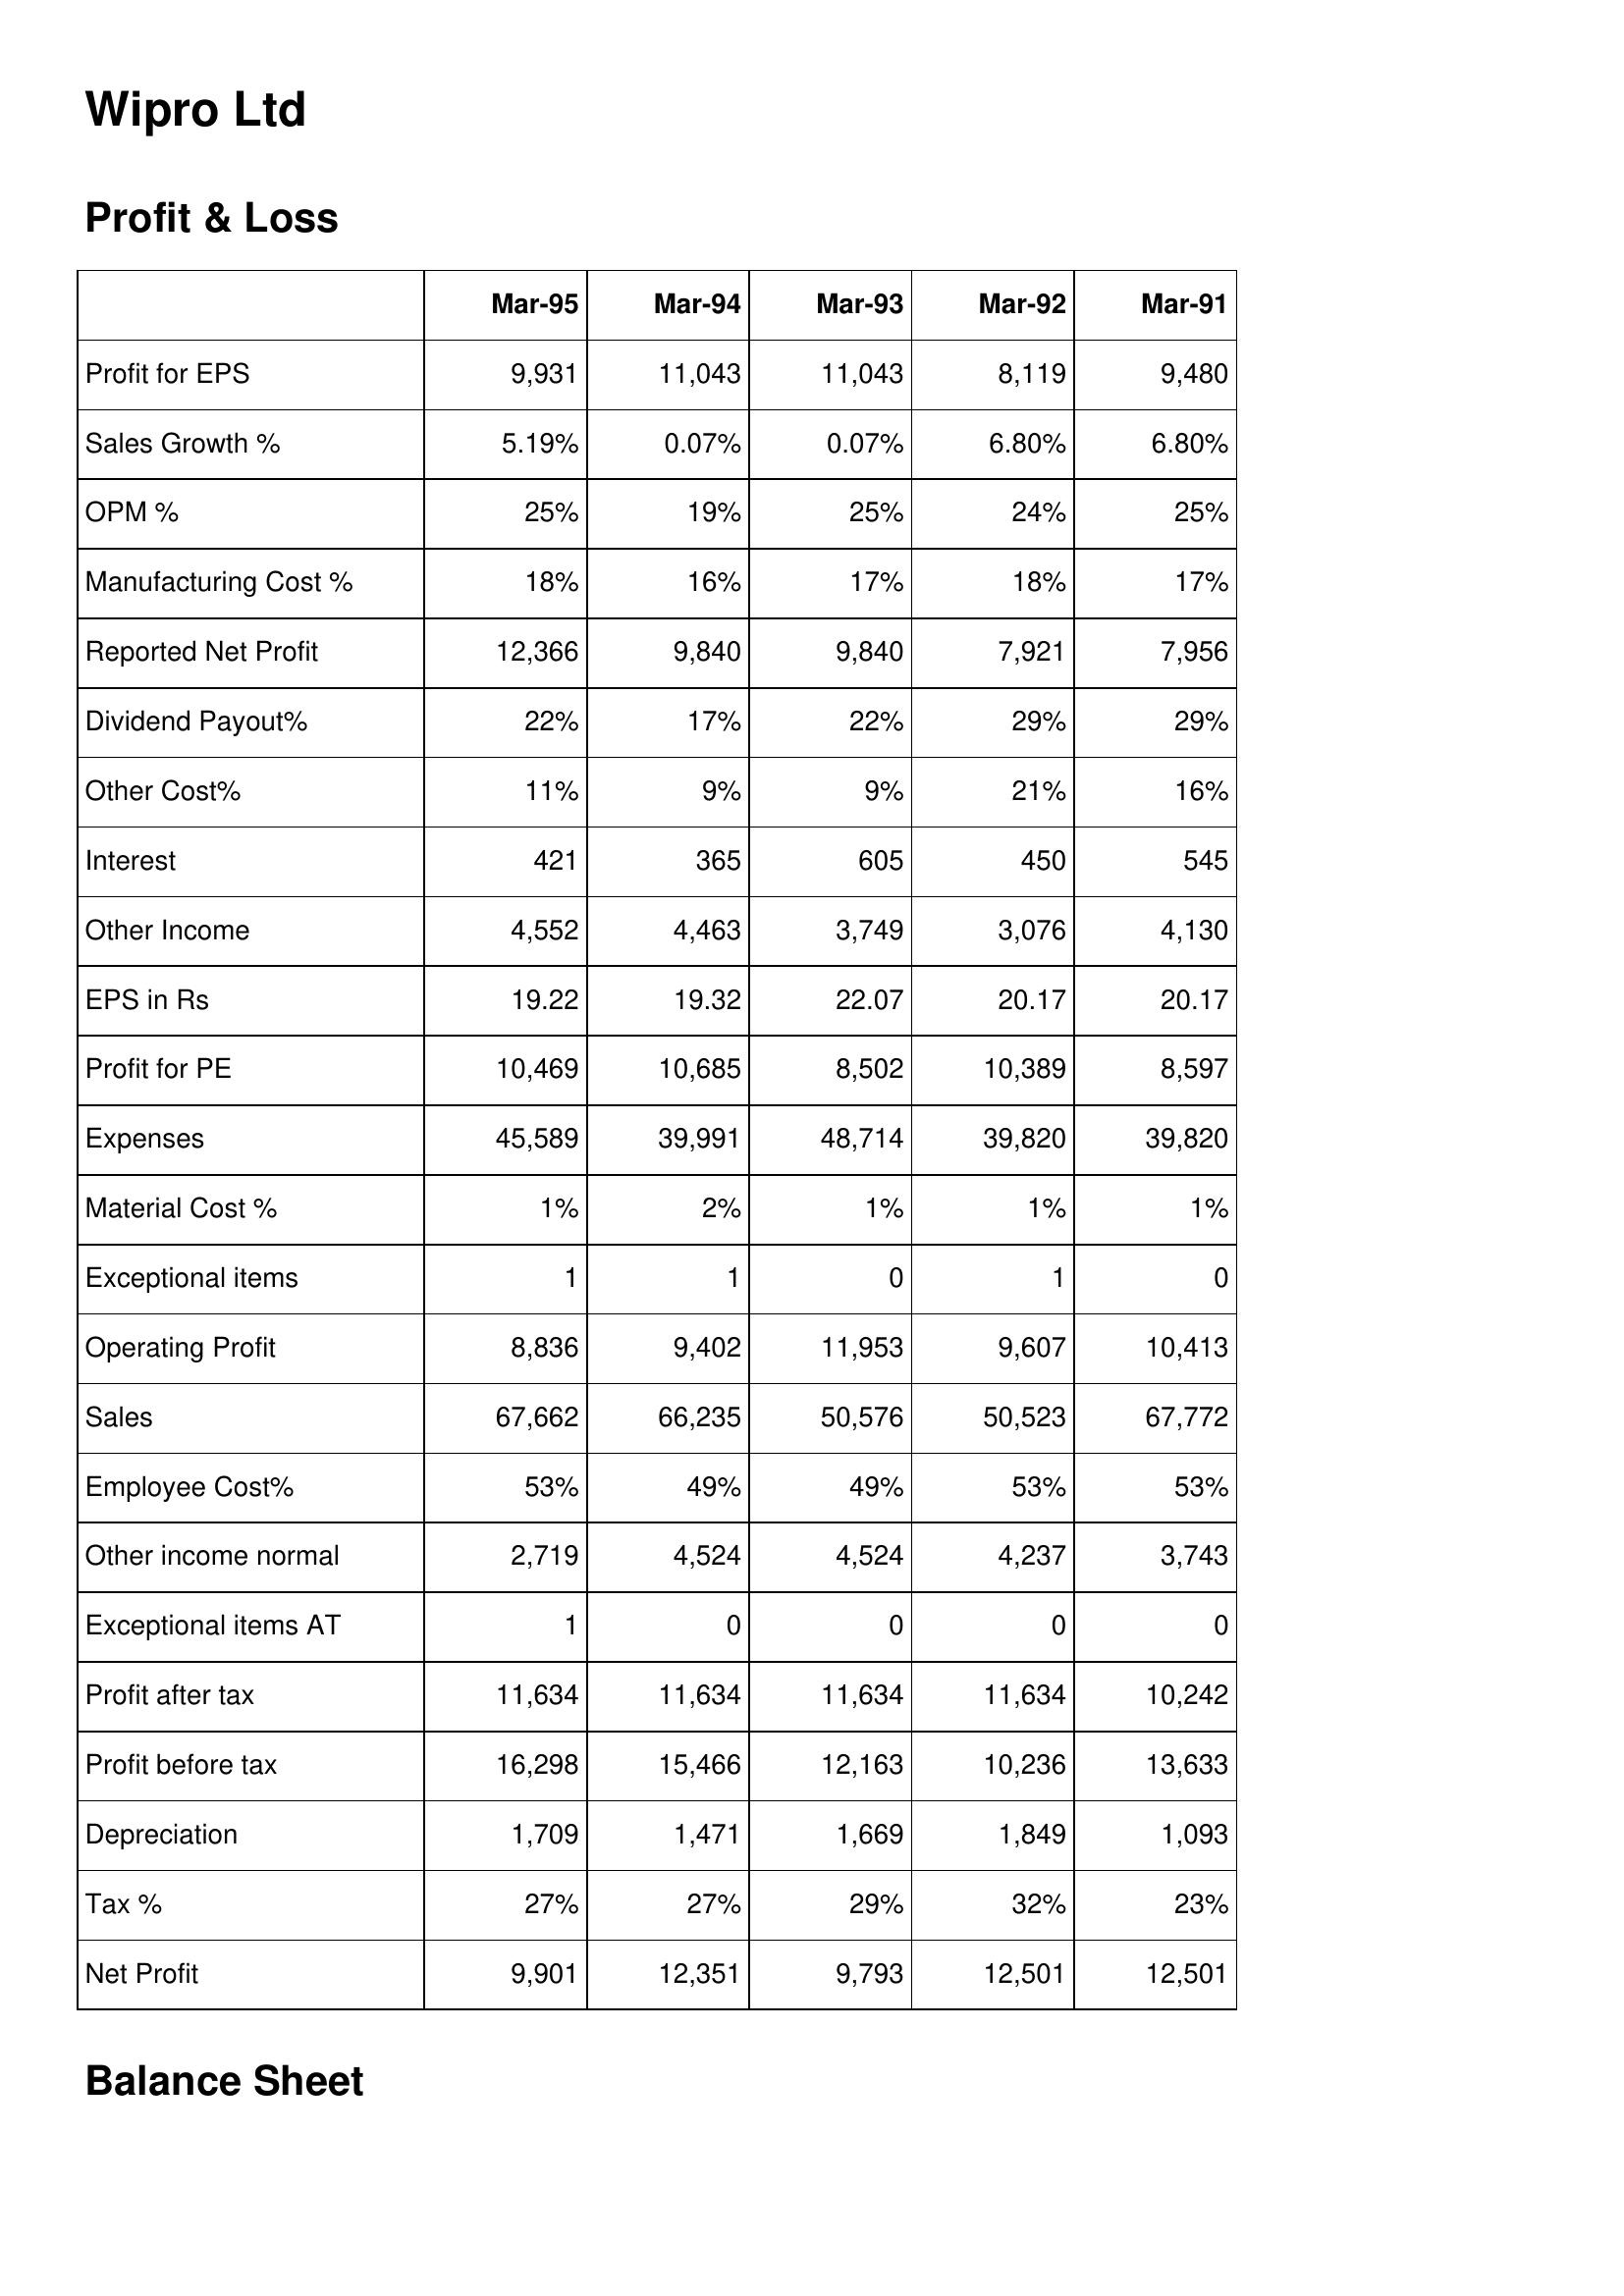
Mar-95: Profit & Loss: Profit for EPS: 9,931
Sales Growth %: 5.19%
OPM %: 25%
Manufacturing Cost %: 18%
Reported Net Profit: 12,366
Dividend Payout%: 22%
Other Cost%: 11%
Interest: 421
Other Income: 4,552
EPS in Rs: 19.22
Profit for PE: 10,469
Expenses: 45,589
Material Cost %: 1%
Exceptional items: 1
Operating Profit: 8,836
Sales: 67,662
Employee Cost%: 53%
Other income normal: 2,719
Exceptional items AT: 1
Profit after tax: 11,634
Profit before tax: 16,298
Depreciation: 1,709
Tax %: 27%
Net Profit: 9,901
Mar-94: Profit & Loss: Profit for EPS: 11,043
Sales Growth %: 0.07%
OPM %: 19%
Manufacturing Cost %: 16%
Reported Net Profit: 9,840
Dividend Payout%: 17%
Other Cost%: 9%
Interest: 365
Other Income: 4,463
EPS in Rs: 19.32
Profit for PE: 10,685
Expenses: 39,991
Material Cost %: 2%
Exceptional items: 1
Operating Profit: 9,402
Sales: 66,235
Employee Cost%: 49%
Other income normal: 4,524
Exceptional items AT: 0
Profit after tax: 11,634
Profit before tax: 15,466
Depreciation: 1,471
Tax %: 27%
Net Profit: 12,351
Mar-93: Profit & Loss: Profit for EPS: 11,043
Sales Growth %: 0.07%
OPM %: 25%
Manufacturing Cost %: 17%
Reported Net Profit: 9,840
Dividend Payout%: 22%
Other Cost%: 9%
Interest: 605
Other Income: 3,749
EPS in Rs: 22.07
Profit for PE: 8,502
Expenses: 48,714
Material Cost %: 1%
Exceptional items: 0
Operating Profit: 11,953
Sales: 50,576
Employee Cost%: 49%
Other income normal: 4,524
Exceptional items AT: 0
Profit after tax: 11,634
Profit before tax: 12,163
Depreciation: 1,669
Tax %: 29%
Net Profit: 9,793
Mar-92: Profit & Loss: Profit for EPS: 8,119
Sales Growth %: 6.80%
OPM %: 24%
Manufacturing Cost %: 18%
Reported Net Profit: 7,921
Dividend Payout%: 29%
Other Cost%: 21%
Interest: 450
Other Income: 3,076
EPS in Rs: 20.17
Profit for PE: 10,389
Expenses: 39,820
Material Cost %: 1%
Exceptional items: 1
Operating Profit: 9,607
Sales: 50,523
Employee Cost%: 53%
Other income normal: 4,237
Exceptional items AT: 0
Profit after tax: 11,634
Profit before tax: 10,236
Depreciation: 1,849
Tax %: 32%
Net Profit: 12,501
Mar-91: Profit & Loss: Profit for EPS: 9,480
Sales Growth %: 6.80%
OPM %: 25%
Manufacturing Cost %: 17%
Reported Net Profit: 7,956
Dividend Payout%: 29%
Other Cost%: 16%
Interest: 545
Other Income: 4,130
EPS in Rs: 20.17
Profit for PE: 8,597
Expenses: 39,820
Material Cost %: 1%
Exceptional items: 0
Operating Profit: 10,413
Sales: 67,772
Employee Cost%: 53%
Other income normal: 3,743
Exceptional items AT: 0
Profit after tax: 10,242
Profit before tax: 13,633
Depreciation: 1,093
Tax %: 23%
Net Profit: 12,501